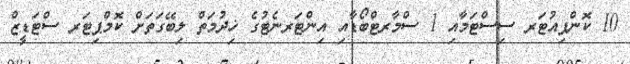
10 ކޮންޕިއުޓަރ ސިސްޓަމާއި 1 ސްމާރޓްބޯޑާއި އިންޓަރނެޓުގެ ޚިދުމަތް ލިބޭގަތަށް ކޮމްޕިޓަރ ސްޓަޑީޒް